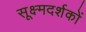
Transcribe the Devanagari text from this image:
सूक्ष्मदर्शकों